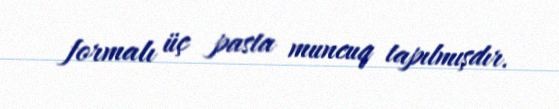
formalı üç pasta muncuq tapılmışdır.